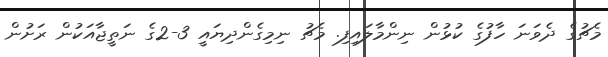
މެޗުގެ ދެވަނަ ހާފުގެ ކުޅުން ނިންމާލައިފި. މެޗު ނިމިގެންދިޔައީ 3-2ގެ ނަތީޖާއަކުން ރަށުން